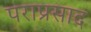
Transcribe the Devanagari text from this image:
पराप्रसाद